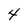
Character: 4